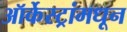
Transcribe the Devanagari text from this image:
ऑर्केस्ट्रांमधून